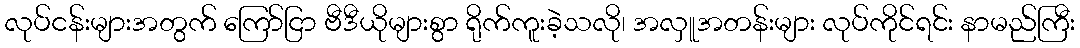
လုပ်ငန်းများအတွက် ကြော်ငြာ ဗီဒီယိုများစွာ ရိုက်ကူးခဲ့သလို၊ အလှူအတန်းများ လုပ်ကိုင်ရင်း နာမည်ကြီး